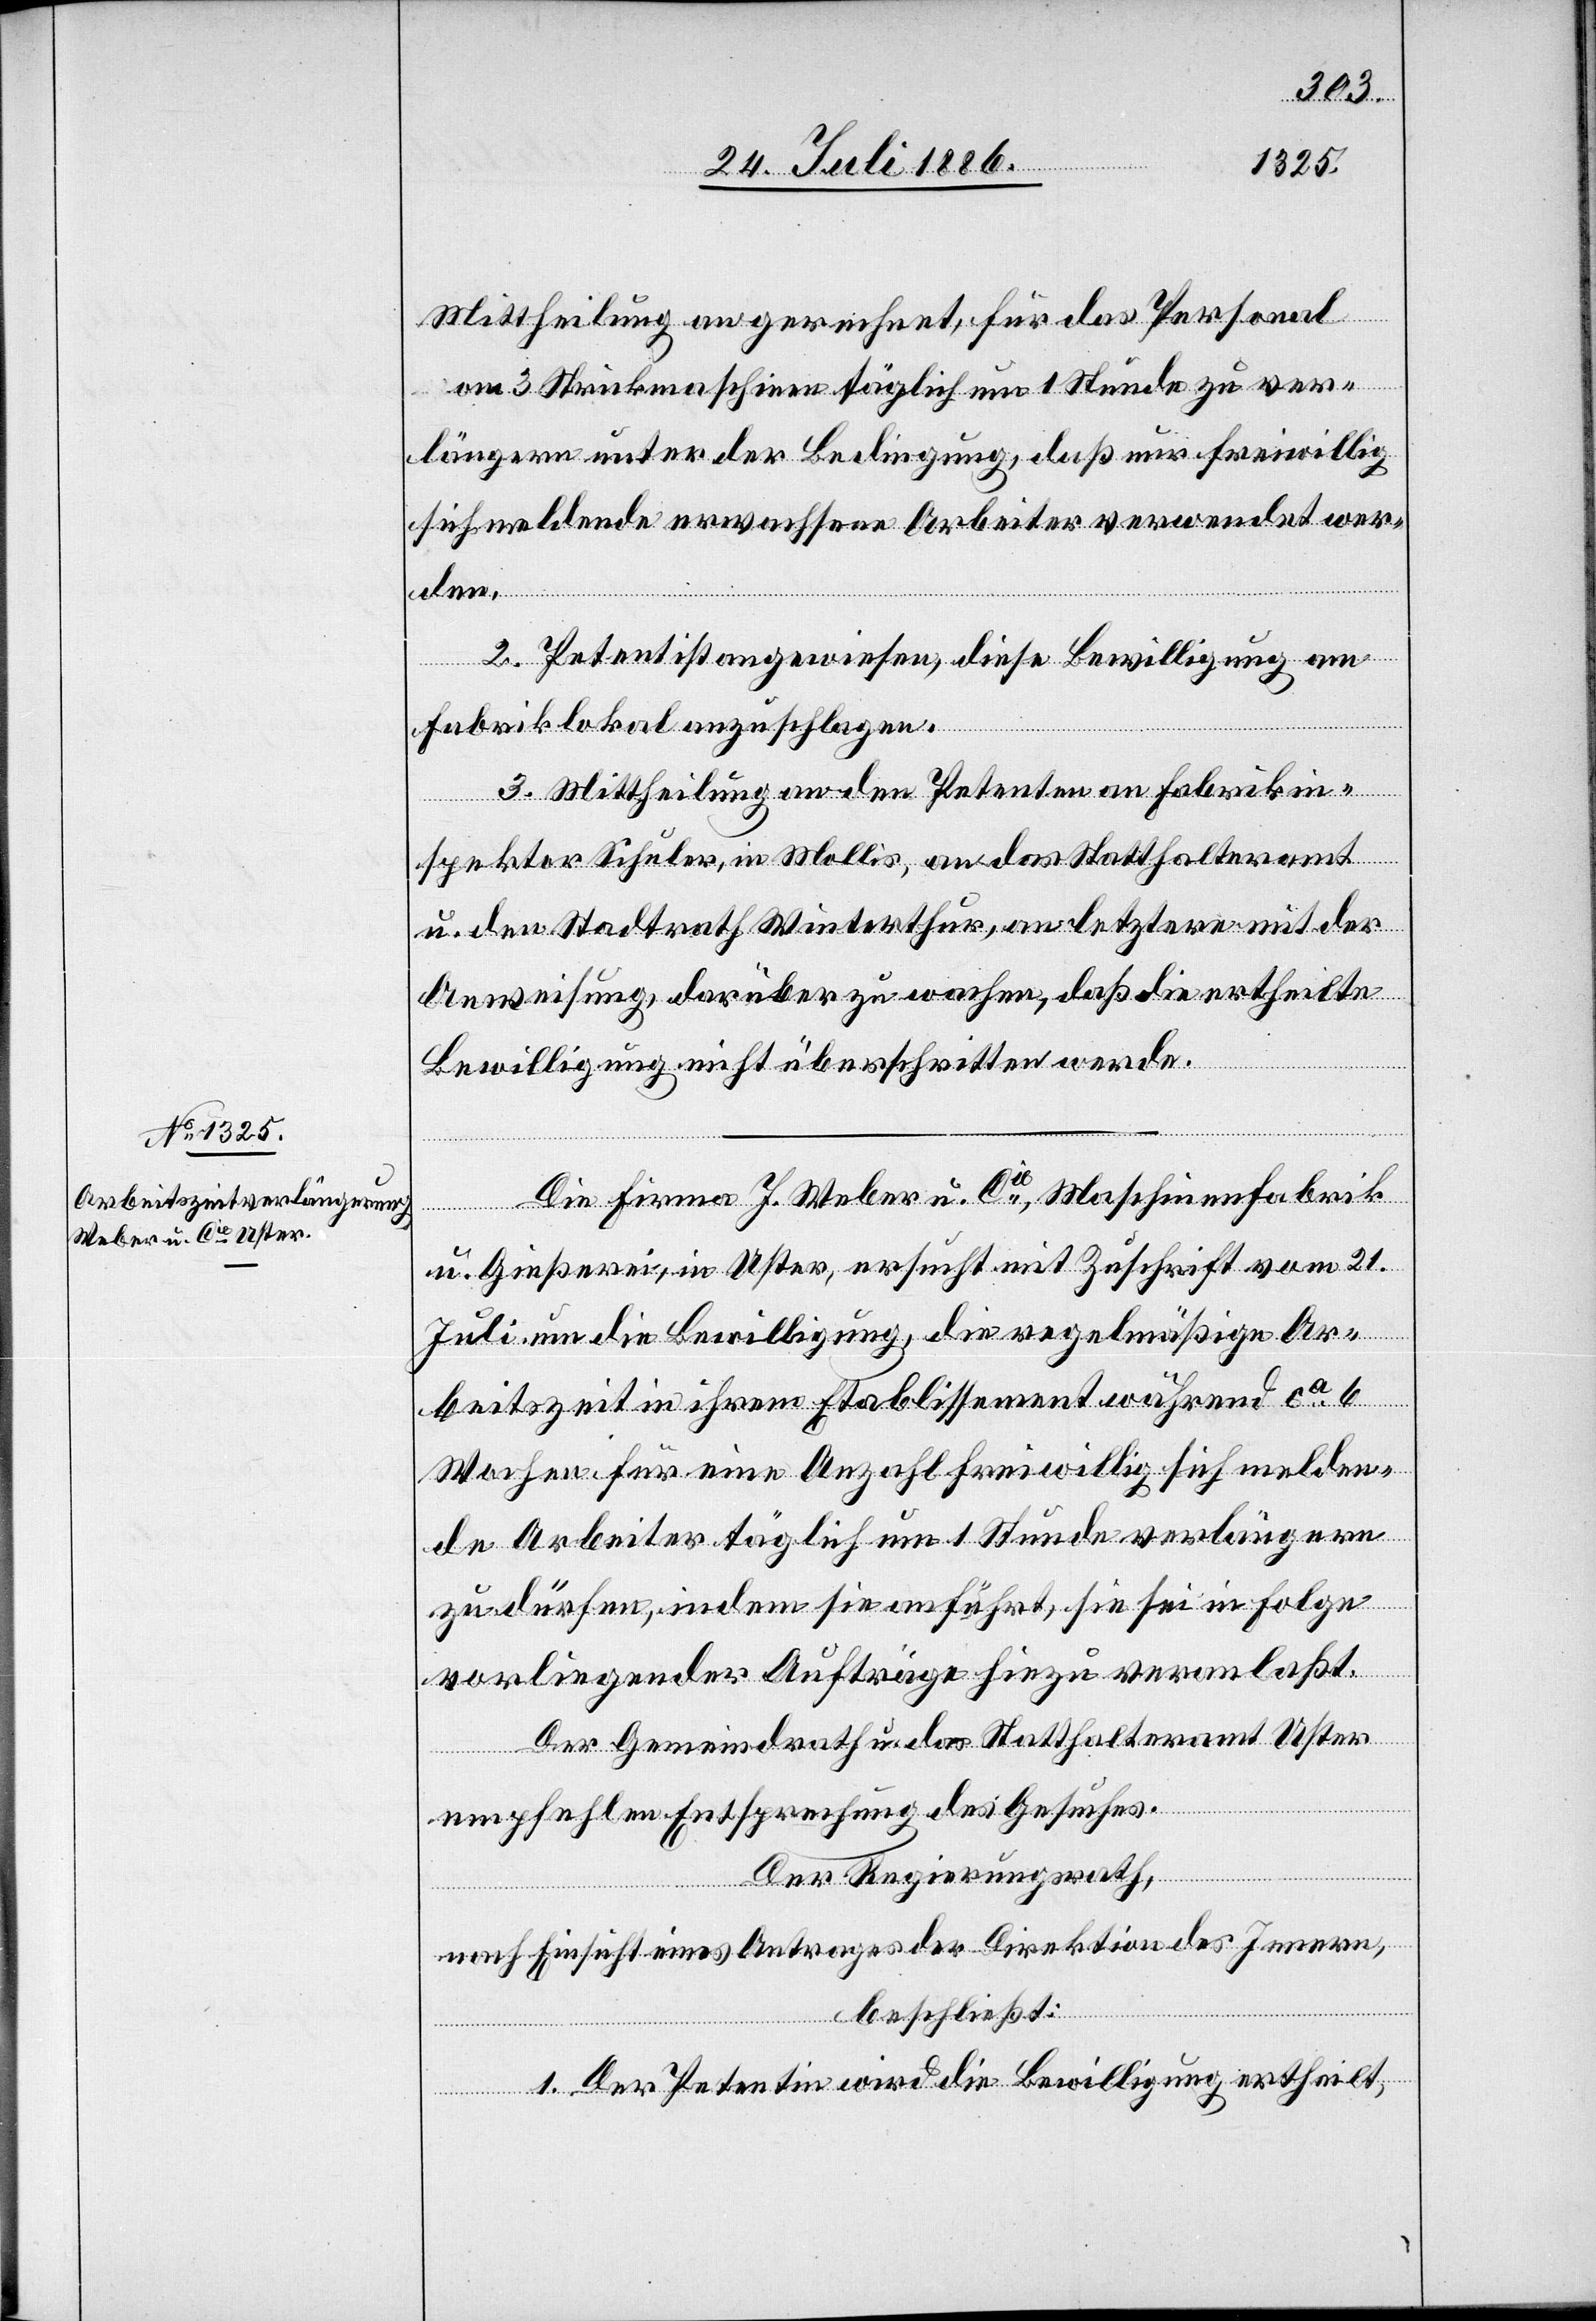
Mittheilung an gerechnet, für das Personal
von] 3 Stickmaschinen täglich um 1 Stunde zu ver¬
längern unter der Bedingung, daß nur freiwillig
sich meldende erwachsene Arbeiter verwendet wer¬
den.
2. Petent ist angewiesen, diese Bewilligung am
Fabriklokal anzuschlagen.
3. Mittheilung an den Petenten an Fabrikin¬
spektor Schuler, in Mollis, an das Statthalteramt
u. den Stadtrath Winterthur, an letztere mit der
Anweisung, darüber zu wachen, daß die ertheilte
Bewilligung nicht überschritten werde.
Die Firma J. Weber u. Cie, Maschinenfabrik
u. Gießerei, in Uster, ersucht mit Zuschrift vom 21.
Juli um die Bewilligung, die regelmäßige Ar¬
beitszeit in ihrem Etablissement während ca 6
Wochen für eine Anzahl freiwillig sich melden¬
de Arbeiter täglich um 1 Stunde verlängern
zu dürfen, indem sie anführt, sie sei in Folge
vorliegender Aufträge hiezu veranlaßt.
Der Gemeindrath und das Statthalteramt Uster
empfehlen Entsprechung des Gesuches.
Der Regierungsrath,
nach Einsicht eines Antrages der Direktion des Innern,
beschließt:
1. Der Petentin wird die Bewilligung ertheilt,